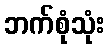
ဘက်စုံသုံး